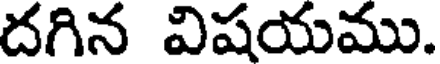
దగిన విషయము.